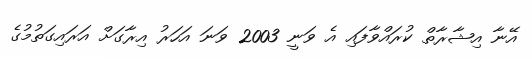
އޭނާ އިޝާރާތް ކުރައްވާފައި އެ ވަނީ 2003 ވަނަ އަހަރު އިރާގަށް އަރައިގަތުމުގެ